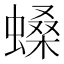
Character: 𧏠